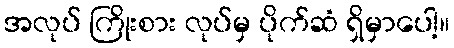
အလုပ် ကြိုးစား လုပ်မှ ပိုက်ဆံ ရှိမှာပေါ့။